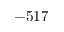
- 5 1 7